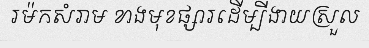
រម៉កសំរាម ខាងមុខផ្សារដើម្បីងាយស្រួល